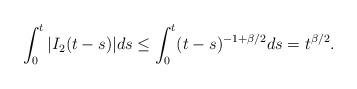
LaTeX: \begin{align*}\int_{0}^{t}|I_{2}(t-s)|ds \le \int_{0}^{t}(t-s)^{-1+\beta/2}ds = t^{\beta/2}.\end{align*}